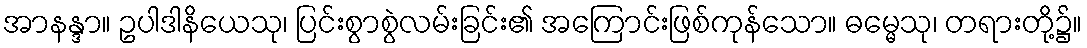
အာနန္ဒာ။ ဥပါဒါနိယေသု၊ ပြင်းစွာစွဲလမ်းခြင်း၏ အကြောင်းဖြစ်ကုန်သော။ ဓမ္မေသု၊ တရားတို့၌။